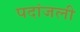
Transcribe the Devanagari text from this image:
पदांजली